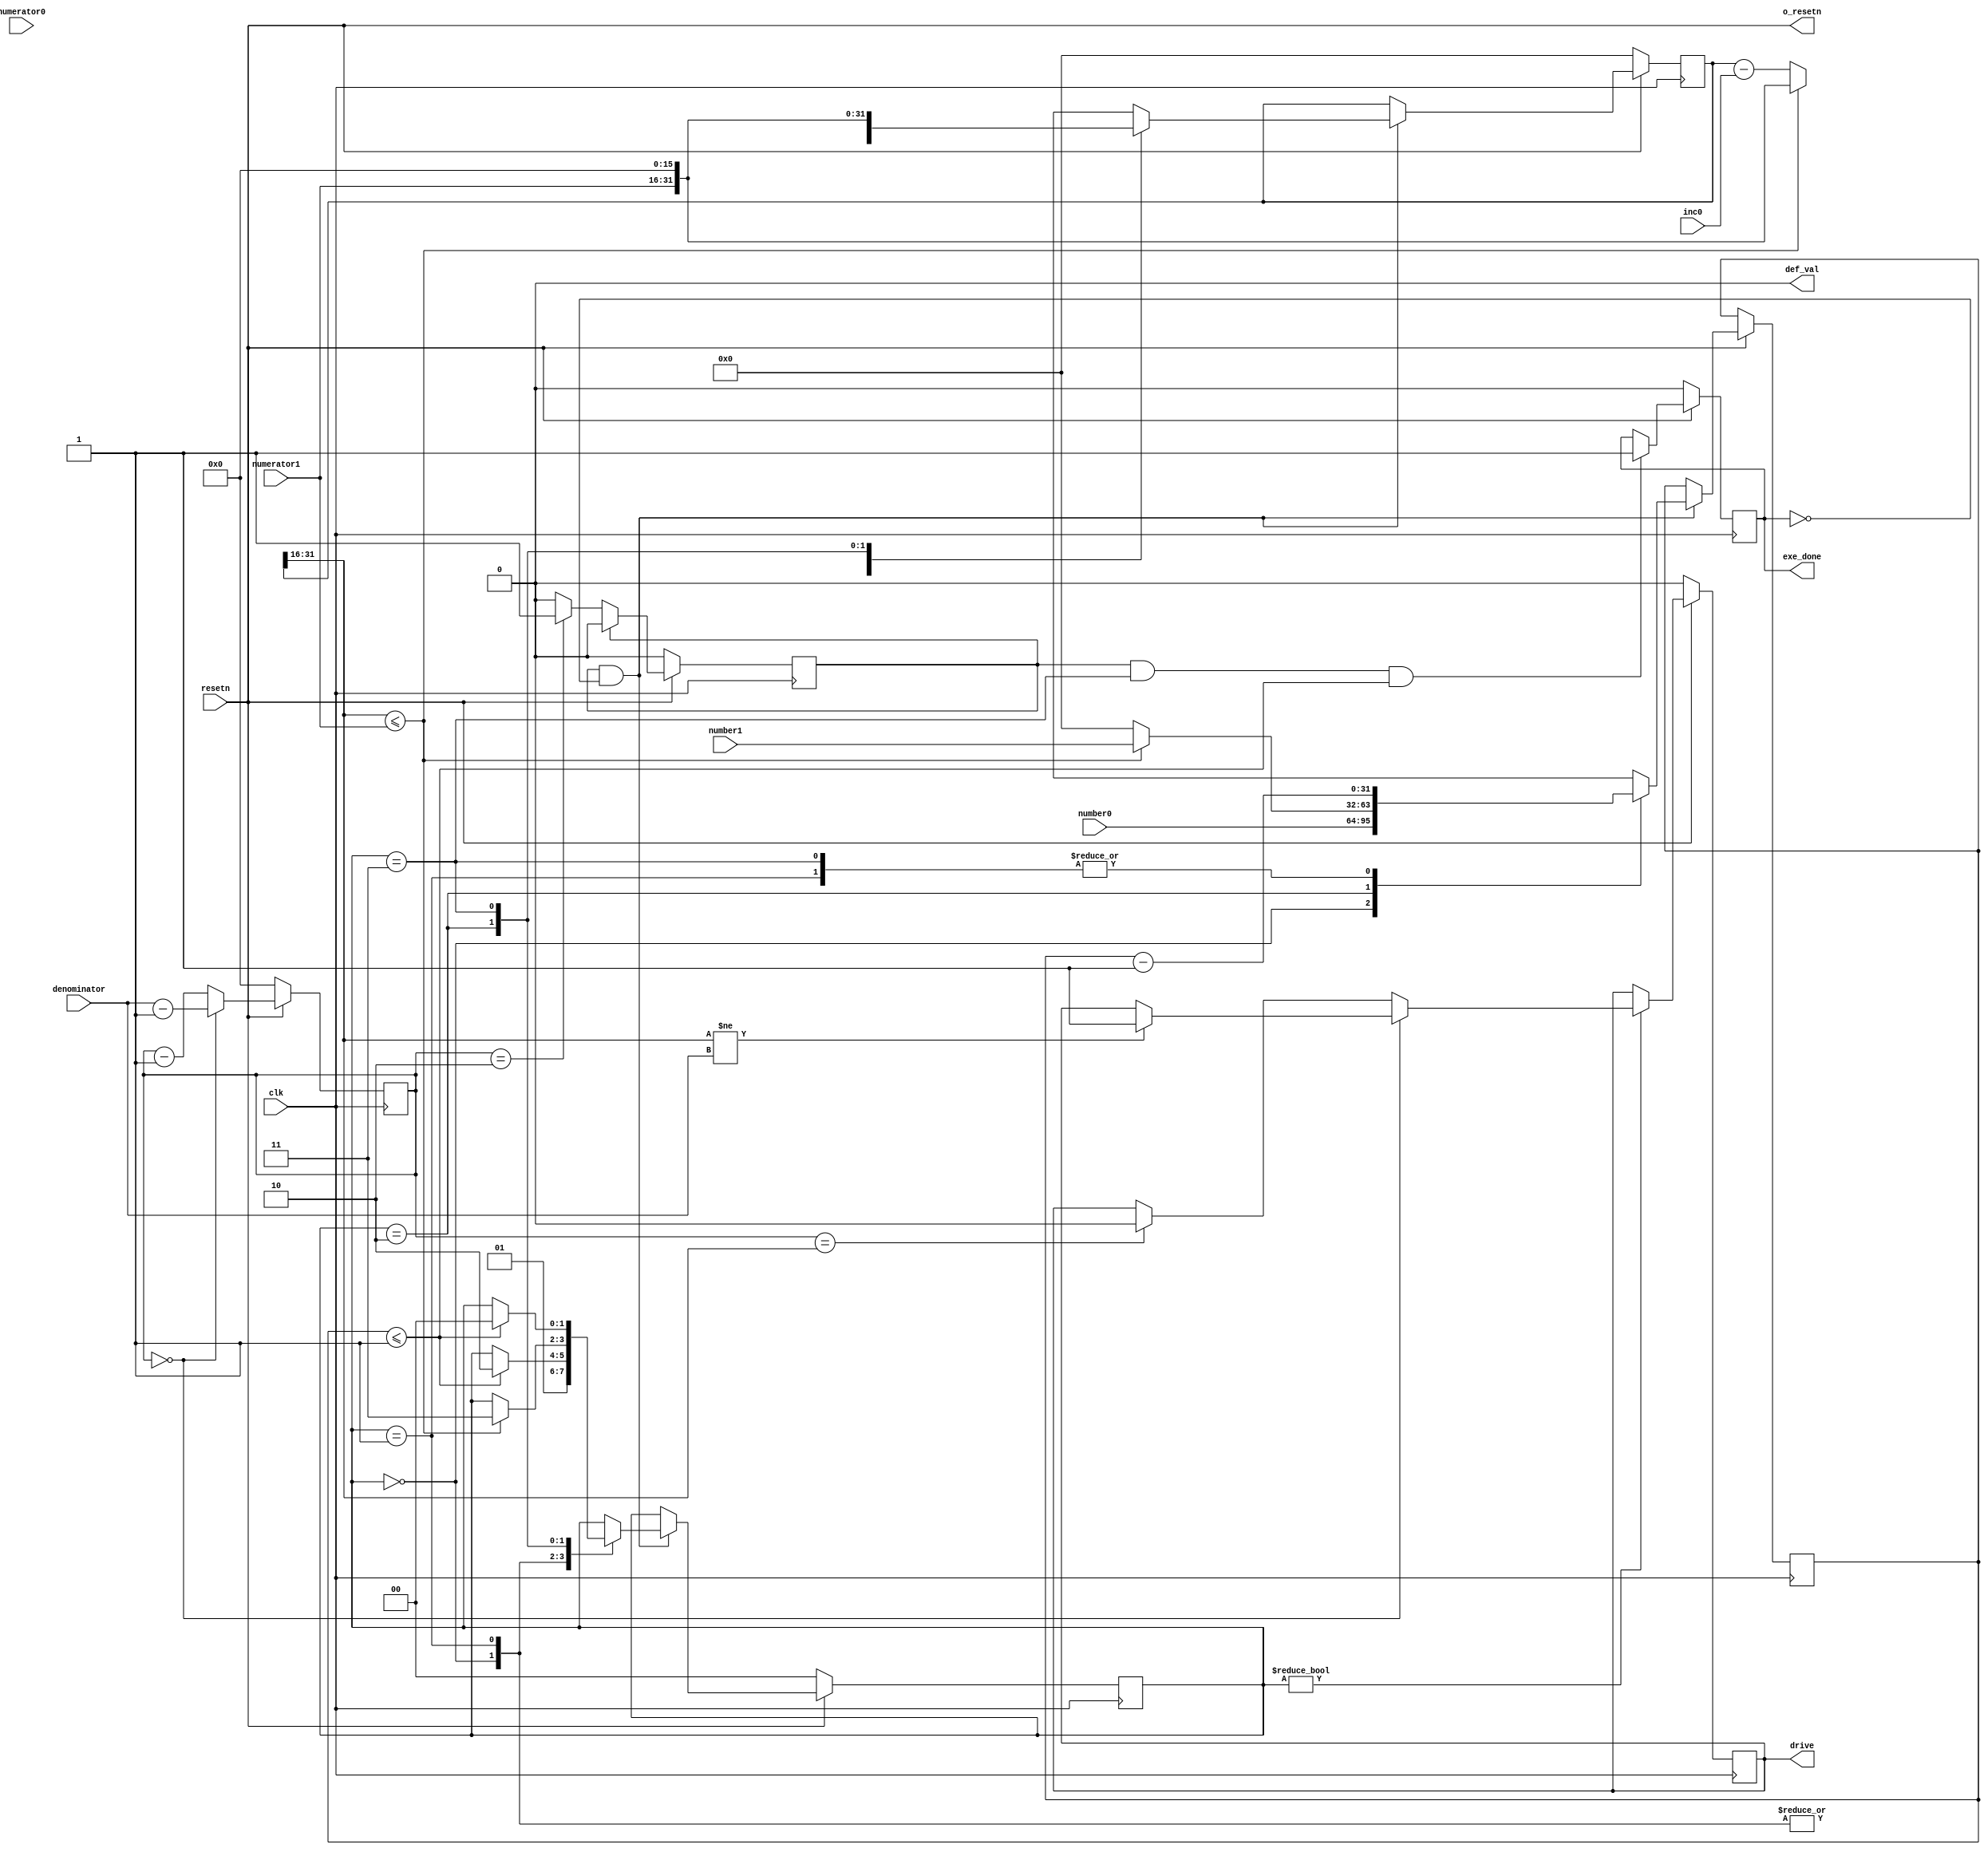
`timescale 1ns / 1ps
/**
 * C_PWM_CNT_WIDTH: 16bits, [0,65535], if using mV as units, range to 65V
 * with 150M clock, 60K denominator means 0.4ms, frequency: 2.5kHZ,
 * climbing time can reach 60K * 60K / 150M = 25s.
 * if inc/dec has 32bits (16bits fractional part), climbing time can reach
 * 25s * 60K = 40hours
 */

module DISCHARGE_ctl #
(
	parameter integer C_DEFAULT_VALUE = 0,
	parameter integer C_PWM_CNT_WIDTH = 16,
	parameter integer C_FRACTIONAL_WIDTH = 16,
	parameter integer C_NUMBER_WIDTH = 32
) (
	input  wire                       clk,
	input  wire                       resetn,

	output wire                       def_val,

	output wire                       exe_done,

	input  wire [C_PWM_CNT_WIDTH-1:0] denominator,	// >= 3
	input  wire [C_PWM_CNT_WIDTH-1:0] numerator0,
	input  wire [C_PWM_CNT_WIDTH-1:0] numerator1,
	input  wire [C_NUMBER_WIDTH-1:0]  number0,
	input  wire [C_NUMBER_WIDTH-1:0]  number1,
	input  wire [C_PWM_CNT_WIDTH+C_FRACTIONAL_WIDTH-1:0] inc0,

	output wire                       o_resetn,
	output wire                       drive
);

	localparam integer STATE_IDLE = 0;
	localparam integer STATE_PRE  = 1;
	localparam integer STATE_INC  = 2;
	localparam integer STATE_KEEP = 3;
	reg[1:0] pwm_state;

	assign def_val = C_DEFAULT_VALUE;

	assign o_resetn = resetn;

	reg[C_PWM_CNT_WIDTH+C_FRACTIONAL_WIDTH-1:0] numerator_ext;
	reg[C_PWM_CNT_WIDTH-1:0] cnt;
	reg eop;	// end of period
	reg eop_p1;
	always @ (posedge clk) begin
		if (resetn == 0)
			cnt <= 0;
		else begin
			if (cnt == 0)
				cnt <= denominator - 1;
			else
				cnt <= cnt - 1;
		end
	end
	always @ (posedge clk) begin
		if (resetn == 0)
			eop_p1 <= 0;
		else if (eop_p1)
			eop_p1 <= 0;
		else if (cnt == 2)
			eop_p1 <= 1;
	end
	always @ (posedge clk) begin
		if (resetn == 0)
			eop <= 0;
		else
			eop <= eop_p1;
	end

	reg out_drive;
	assign drive = out_drive;
	wire[C_PWM_CNT_WIDTH-1:0] numerator;
	assign numerator = numerator_ext[C_PWM_CNT_WIDTH+C_FRACTIONAL_WIDTH-1:C_FRACTIONAL_WIDTH];
	always @ (posedge clk) begin
		if (resetn == 0)
			out_drive <= C_DEFAULT_VALUE;
		else if (pwm_state != STATE_IDLE) begin
			if (cnt == 0) begin
				if (numerator != denominator)
					out_drive <= ~C_DEFAULT_VALUE;
			end
			else if (cnt == numerator)
				out_drive <= C_DEFAULT_VALUE;
		end
	end

	reg[C_NUMBER_WIDTH-1:0] peroid_cnt;
	always @ (posedge clk) begin
		if (resetn == 0)
			pwm_state <= STATE_IDLE;
		else if (eop_p1 && ~exe_done) begin
			case (pwm_state)
				STATE_IDLE:
					pwm_state <= STATE_PRE;
				STATE_PRE: begin
					if (peroid_cnt <= 1) begin
						pwm_state <= STATE_INC;
					end
				end
				STATE_INC: begin
					if (numerator <= numerator1) begin
						pwm_state <= STATE_KEEP;
					end
				end
				STATE_KEEP: begin
					if (peroid_cnt <= 1) begin
						pwm_state <= STATE_IDLE;
					end
				end
			endcase
		end
	end

	always @ (posedge clk) begin
		if (resetn == 0)
			numerator_ext <= 0;
		else if (eop_p1 && ~exe_done) begin
			case (pwm_state)
				STATE_IDLE: begin
					numerator_ext <= {numerator0, {(C_FRACTIONAL_WIDTH){1'b0}}};
					peroid_cnt   <= number0;
				end
				STATE_PRE: begin
					numerator_ext <= {numerator0, {(C_FRACTIONAL_WIDTH){1'b0}}};
					peroid_cnt <= peroid_cnt - 1;
				end
				STATE_INC: begin
					if (numerator <= numerator1) begin
						numerator_ext <= {numerator1, {(C_FRACTIONAL_WIDTH){1'b0}}};
						peroid_cnt <= number1;
					end
					else begin
						numerator_ext <= numerator_ext - inc0;
						peroid_cnt <= 0;
					end
				end
				STATE_KEEP: begin
					numerator_ext <= {numerator1, {(C_FRACTIONAL_WIDTH){1'b0}}};
					peroid_cnt <= peroid_cnt - 1;
				end
			endcase
		end
	end

	reg end_of_transaction;
	assign exe_done = end_of_transaction;
	always @ (posedge clk) begin
		if (resetn == 0)
			end_of_transaction <= 0;
		else if (eop_p1 && pwm_state == STATE_KEEP && peroid_cnt <= 1)
			end_of_transaction <= 1;
	end
endmodule